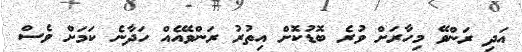
އަދި ރަންވޭ މިހާރަށް ވުރެ ބޮޑުކޮށް އިތުރު ރަންވޭއެއް ހަދާނެ ކަމަށް ވެސް